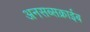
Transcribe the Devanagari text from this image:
अनसब्सक्राईब